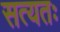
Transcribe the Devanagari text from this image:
सत्यतः